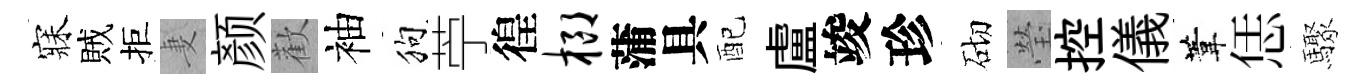
寐賊拒妻颜歡袖狗苧徨榔蒲具配盧竣珍砌瑩控儀葦恁驟